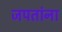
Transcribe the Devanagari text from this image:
जपतांना